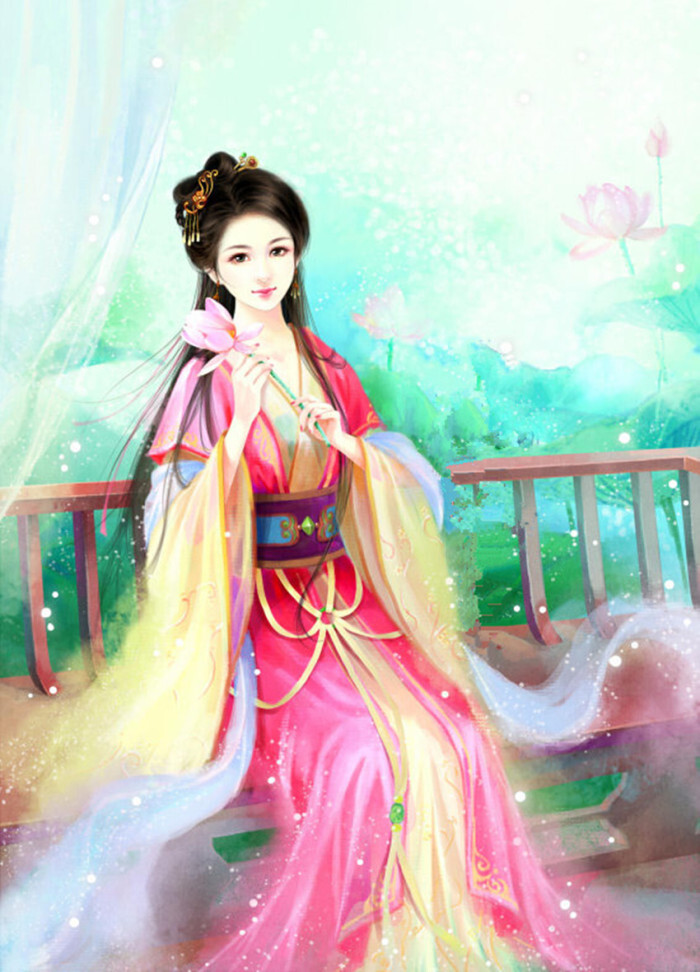
年年越溪女，相忆采芙蓉。